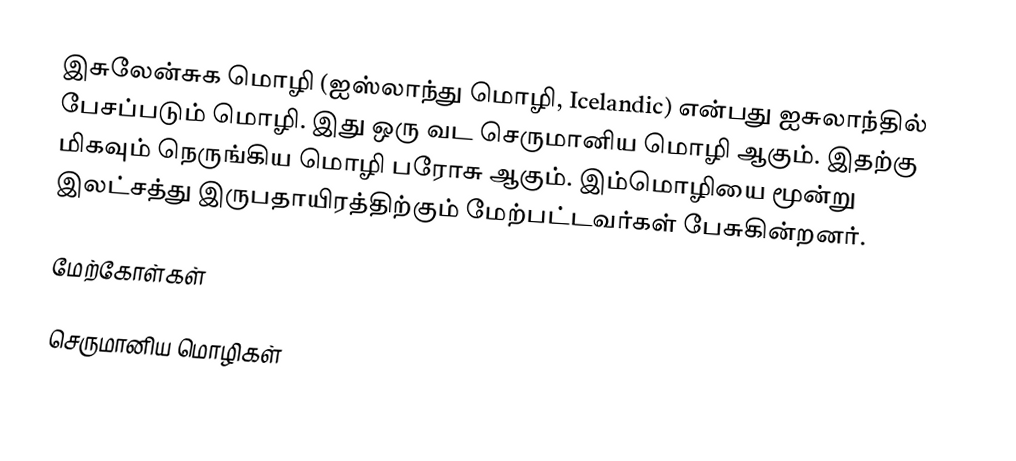
இசுலேன்சுக மொழி (ஐஸ்லாந்து மொழி, Icelandic) என்பது ஐசுலாந்தில் பேசப்படும் மொழி. இது ஒரு வட செருமானிய மொழி ஆகும். இதற்கு மிகவும் நெருங்கிய மொழி பரோசு ஆகும். இம்மொழியை மூன்று இலட்சத்து இருபதாயிரத்திற்கும் மேற்பட்டவர்கள் பேசுகின்றனர்.

மேற்கோள்கள்

செருமானிய மொழிகள்